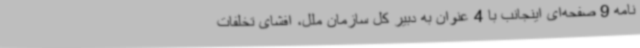
نامه 9 صفحه‌ای اینجانب با 4 عنوان به دبیر کل سازمان ملل، افشای تخلفات